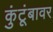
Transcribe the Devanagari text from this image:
कुंटूंबावर